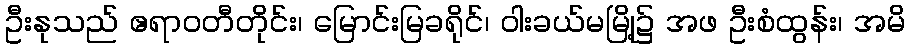
ဦးနုသည် ဧရာဝတီတိုင်း၊ မြောင်းမြခရိုင်၊ ဝါးခယ်မမြို့၌ အဖ ဦးစံထွန်း၊ အမိ